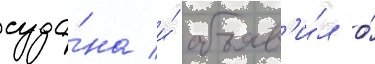
суда́на и́ объяв'и́л о́